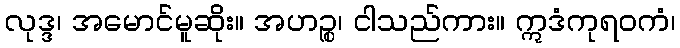
လုဒ္ဒ၊ အမောင်မူဆိုး။ အဟဉ္စ၊ ငါသည်ကား။ ဣဒံကုရဝကံ၊